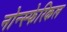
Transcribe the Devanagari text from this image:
नोन्स्फेरिकल